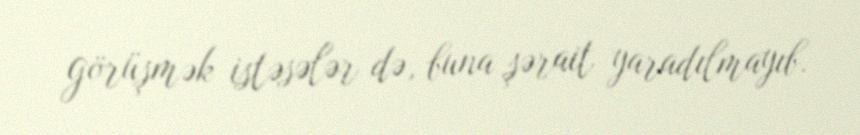
görüşmək istəsələr də, buna şərait yaradılmayıb.